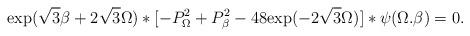
LaTeX: \begin{align*}{\rm exp} (\sqrt{3} \beta + 2 \sqrt{3} \Omega) * [-P^2_\Omega + P^2_\beta - 48 {\rm exp} (-2 \sqrt{3} \Omega)] * \psi (\Omega.\beta)=0.\end{align*}